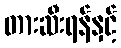
တားဆီးရန်နှင့်